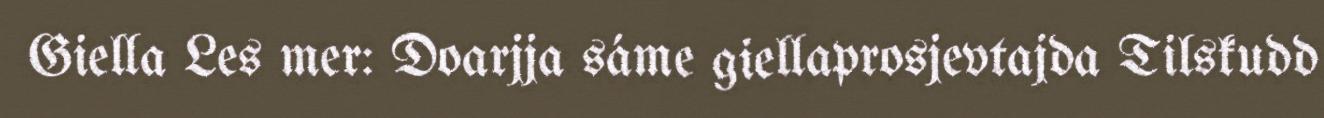
Giella Les mer: Doarjja sáme giellaprosjevtajda Tilskudd